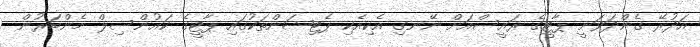
އަދުރޭ ގެންދަވަނީ ޕާޓީގެ ރައީސްއަށް ނޭނގި އެކިއެކި ޕެޓިޝަންތަކުގައި ޕާޓީގެ ކައުންސިލް މެންބަރުން